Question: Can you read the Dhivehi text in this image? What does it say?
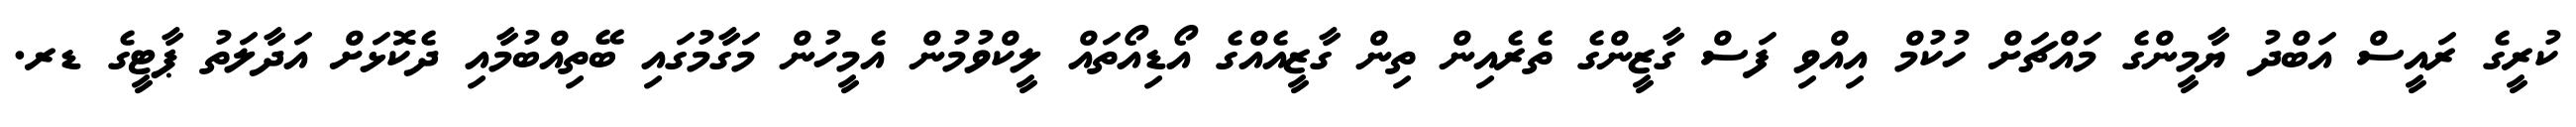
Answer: ކުރީގެ ރައީސް އަބްދު ޔާމީންގެ މައްޗަށް ހުކުމް އިއްވި ފަސް ގާޒީންގެ ތެރެއިން ތިން ގާޒީއެއްގެ އޯޑިއޯތައް ލީކްވުމުން އެމީހުން މަގާމުގައި ބޭތިއްބުމާއި ދެކޮޅަށް އަދާލަތު ޕާޓީގެ ޑރ.